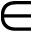
\in